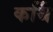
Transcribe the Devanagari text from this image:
कर्थि